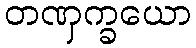
တဏှက္ခယော